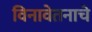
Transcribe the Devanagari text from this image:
विनावेतनाचे